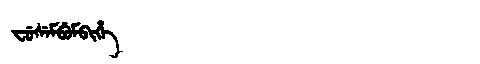
Manchu: ᠸᡠᠰᡝᠮᠪᡠᠮᠪᡳᡥᡝ
Romanization: FUSEMBUMBIHE